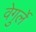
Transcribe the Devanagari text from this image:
वेगुर्ले